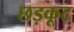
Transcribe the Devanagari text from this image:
छड़कूट